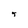
Character: T